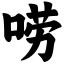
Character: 唠